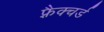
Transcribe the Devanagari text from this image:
फ़्रैक्चर्ड